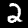
Label: 2